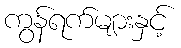
ကွန်ရက်များနှင့်